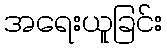
အရေးယူခြင်း